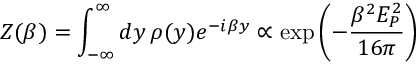
Z ( \beta ) = \int _ { - \infty } ^ { \infty } d y \, \rho ( y ) e ^ { - i \beta y } \propto \exp \left( - { \frac { \beta ^ { 2 } E _ { P } ^ { 2 } } { 1 6 \pi } } \right)